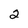
Character: 2